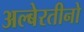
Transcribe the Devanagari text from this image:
अल्बेरतीनो